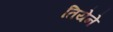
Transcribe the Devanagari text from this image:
तियेने